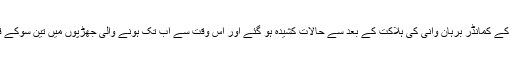
کشمیر میں گزشتہ سال 8 جولائی کو حزب المجاہدین کے کمانڈر برہان وانی کی ہلاکت کے بعد سے حالات کشیدہ ہو گئے اور اس وقت سے اب تک ہونے والی جھڑپوں میں تین سوکے قریب افراد جاں بحق اور ہزاروں زخمی ہوچـکے ہیں۔